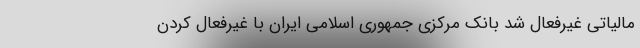
مالیاتی غیرفعال شد بانک مرکزی جمهوری اسلامی ایران با غیرفعال کردن